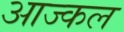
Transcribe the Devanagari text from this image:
आज्कल